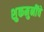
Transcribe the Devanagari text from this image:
शुकमुनींचे